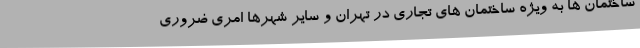
ساختمان ها به ویژه ساختمان های تجاری در تهران و سایر شهرها امری ضروری